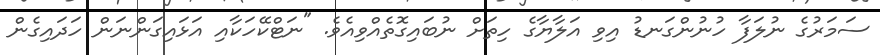
ސަމަރުގެ ނުލަފާ ހުނުންގަނޑު އިވި އަލާޔާގެ ހިތަށް ނުބައިގޮތެއްވިއެވެ. "ނަޓްކޭހަކާއި އަޅައިގަންނަން ހަދައިގެން